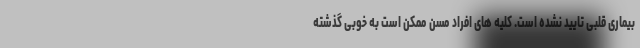
بیماری قلبی تایید نشده است. کلیه های افراد مسن ممکن است به خوبی گذشته